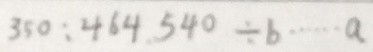
3 5 0 : 4 6 4 5 4 0 \div b \cdots a